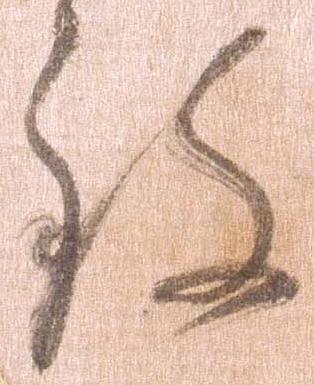
致